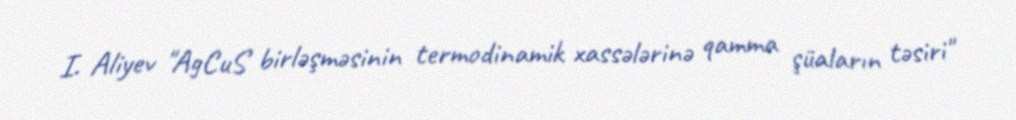
I. Aliyev "AgCuS birləşməsinin termodinamik xassələrinə qamma şüaların təsiri"